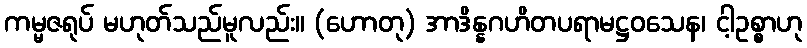
ကမ္မဇရုပ် မဟုတ်သည်မူလည်း။ (ဟောတု) အာဒိန္နဂဟိတပရာမဋ္ဌဝသေန၊ ငါ့ဥစ္စာဟု